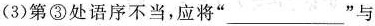
(3)第③处语序不当，应将”___”与